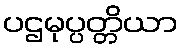
ပဌမုပ္ပတ္တိယာ